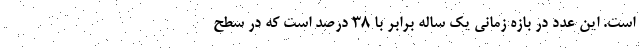
است. این عدد در بازه زمانی یک ساله برابر با ۳۸ درصد است که در سطح